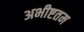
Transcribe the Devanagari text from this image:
अभीष्टतम